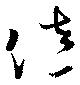
佐